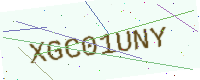
Text: XGC01UNY